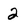
Character: 2